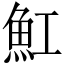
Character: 魟